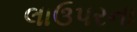
લાઉપરના